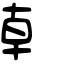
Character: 龺